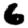
Digit: 6